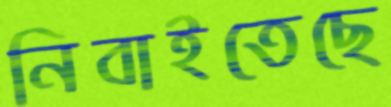
নিবাইতেছে